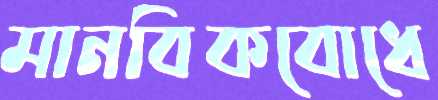
মানবিকবোধে